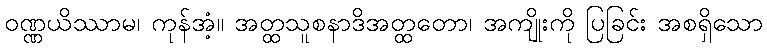
ဝဏ္ဏယိဿာမ၊ ကုန်အံ့။ အတ္ထသူစနာဒိအတ္ထတော၊ အကျိုးကို ပြခြင်း အစရှိသော